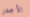
الأجدر